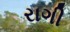
રાગી